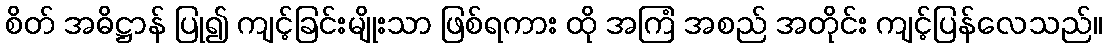
စိတ် အဓိဋ္ဌာန် ပြု၍ ကျင့်ခြင်းမျိုးသာ ဖြစ်ရကား ထို အကြံ အစည် အတိုင်း ကျင့်ပြန်လေသည်။